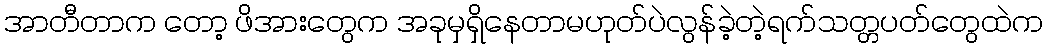
အာတီတာက တော့ ဖိအားတွေက အခုမှရှိနေတာမဟုတ်ပဲလွန်ခဲ့တဲ့ရက်သတ္တပတ်တွေထဲက